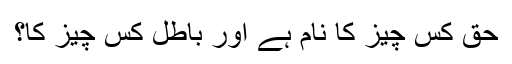
حق کس چیز کا نام ہے اور باطل کس چیز کا؟